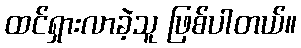
ထင်ရှားလာခဲ့သူ ဖြစ်ပါတယ်။